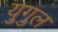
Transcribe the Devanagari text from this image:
युगुल